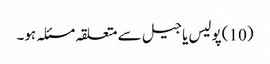
(10 )پولیس یا جیل سے متعلقہ مسئلہ ہو۔